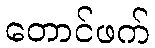
တောင်ဖက်